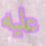
عليه